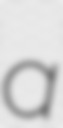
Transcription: a